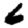
Digit: 6